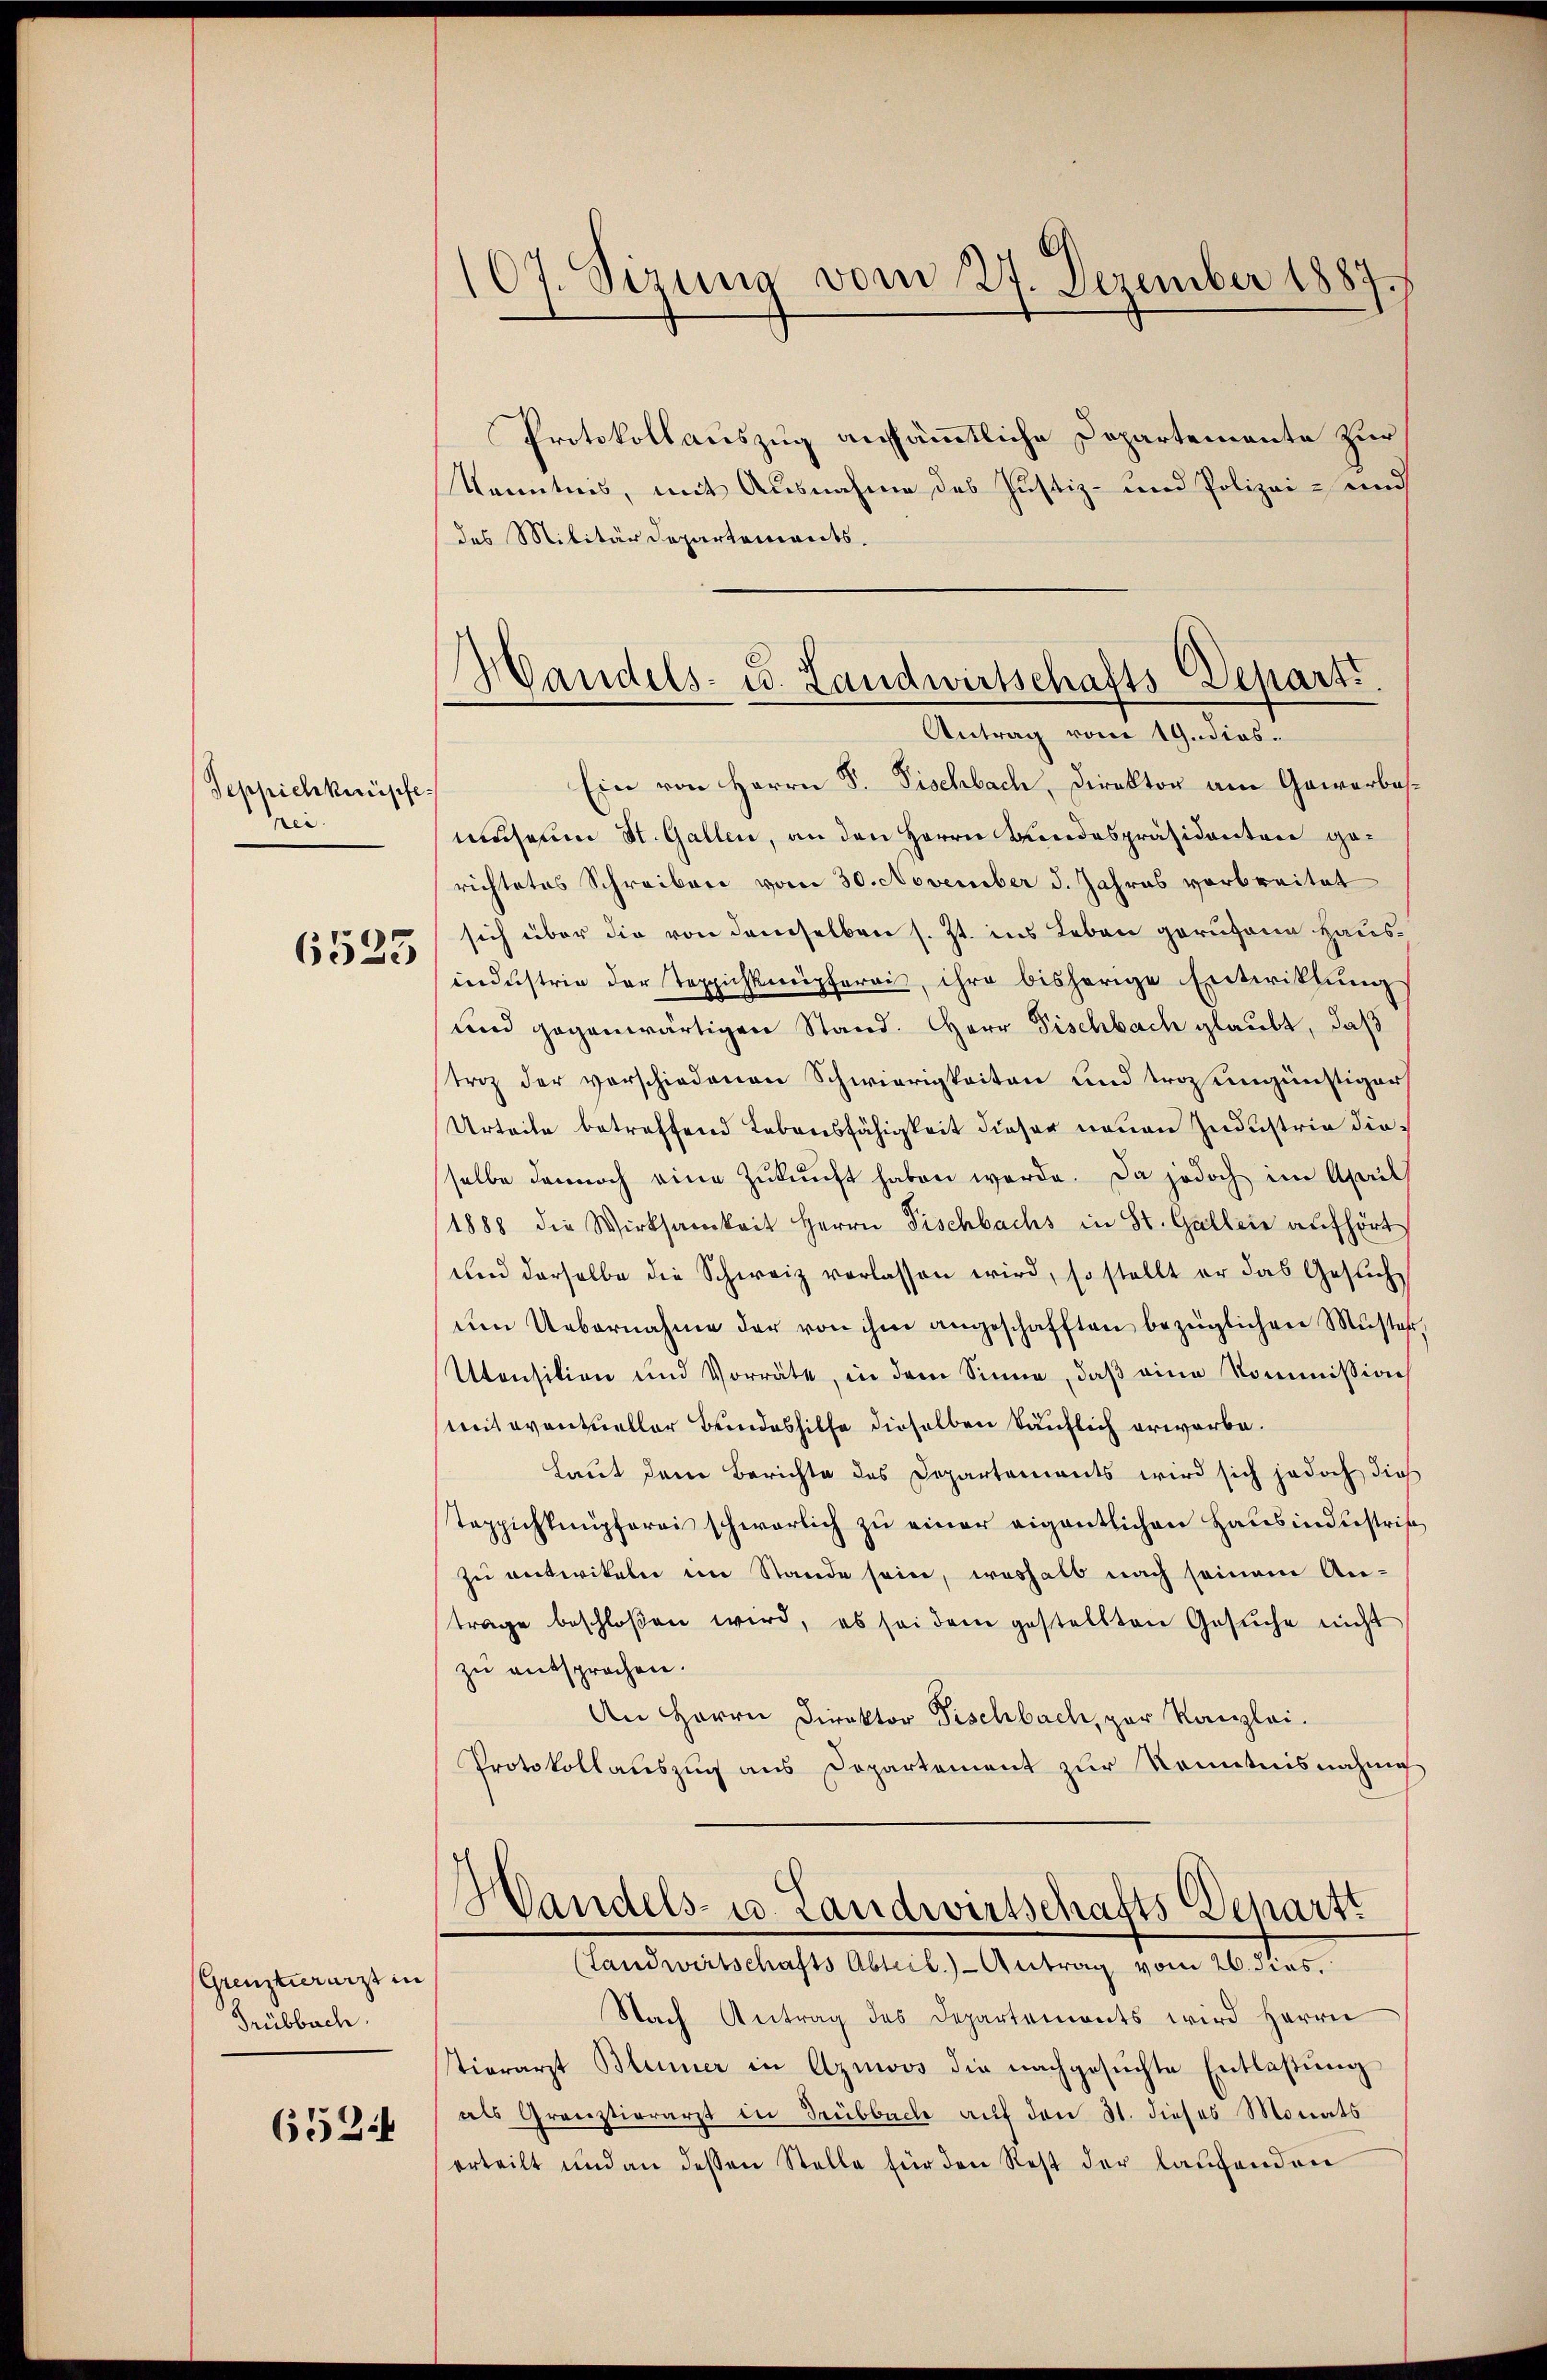
Seppich knüpfe
e

6523

(Grenztierarzt in
Grübbach.

6524

107. Sizung vom 27. Dezember 1887.

Handels- u. Landwirtschafts-Depart.
Antrag vom 19. dies.

Protokollauszug ausämmtliche Departemente zur
Kenntnis, mit Ausnahme des Justiz- und Polizei- und
des Militärdepartements.
Ein von Herrn S. Fischbach, Direktor am Gewerbesmuseum St. Gallen, an den Herrn Bundespräsidenten gerichtetes Schreiben vom 30. November d. Jahres verbreitet
sich über die von demselben s. Zt. ins Leben geruhen Hausindustrie der Teppichknüpferri, ihre bisherige Entwicklung
und gegenwärtigen Stand. Herr Fischbach glaubt, daß
triz der vorschiedenen Schwierigkeiten und tragungünstiger
Urteile betreffend Lebensfähigkeit dieser neuen Industria diesselbe dennoch eine Zukunft haben werde. Da jedoch im April
1888 die Wirksamkeit Herrn Fischbachs in St. Gallein aufhört
Und derselbe die Schweiz verlassen wird, so stellt er das Gesŭch
um Uebernahme der von ihm angeschafften bezüglichen Muster,
Utensition und Vorräte, in dem Sinne, daβ eine Kommission
mteventueller Bundeshilfe dieselben käuflich erwarbe.
Laut den Berichte des Departements wird sich jedoch dies
teppichkenpfornis schwerlich zu einer eigentlichen Hausindustris
zu entwikeln im Stande sein, weshalb nach seinem An-
trage beschloßen wird, es sei dem gestellten Gesŭche nicht
zu entsprochen.
An Herrn Direktor Fischbach, par Kanzlei.
Protokollauszug aus Dopartement zur Kenntnisnahme
Handels- u. Landwirtschafts Departt
(Landwirtschafts Abteil. - Antrag vom 26. dies
Nach Antrag des Departements wird Herrn
tierarzt Blümer in Aznwos die nachgesuchte Entlaßung
als Grauztierarzt in Trübbuch auf den 31. dieses Monats
erteilt und an dessen Stelle für den Rest der laŭfenden